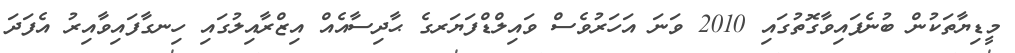
މީޑިޔާތަކުން ބުނެފައިވާގޮތުގައި 2010 ވަނަ އަހަރުވެސް ވައިލްޑްފަޔަރގެ ޙާދިސާއެއް އިޒްރާއިލުގައި ހިނގާފައިވާއިރު އެފަދަ